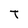
Character: T